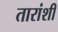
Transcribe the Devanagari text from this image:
तारांशी